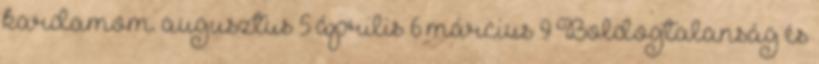
kardamom. augusztus 5 április 6 március 9 Boldogtalanság és